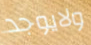
ولايوجد